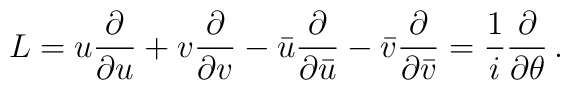
L = u {\partial \over \partial u} + v { \partial \over \partial v}- \bar u {\partial \over \partial \bar u } - \bar v  {\partial \over \partial \bar v }={1\over i} {\partial \over {\partial \theta}}\,.